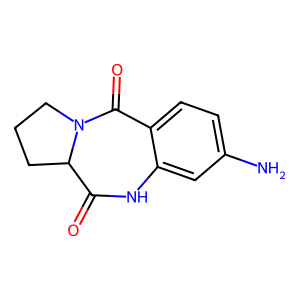
SMILES: Nc1ccc2c(c1)NC(=O)C1CCCN1C2=O
Inhibits HIV replication: No